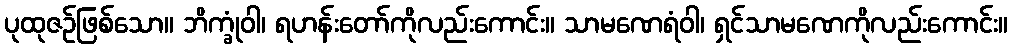
ပုထုဇဉ်ဖြစ်သော။ ဘိက္ခုံဝါ၊ ရဟန်းတော်ကိုလည်းကောင်း။ သာမဏေရံဝါ၊ ရှင်သာမဏေကိုလည်းကောင်း။